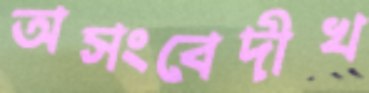
অসংবেদীখ